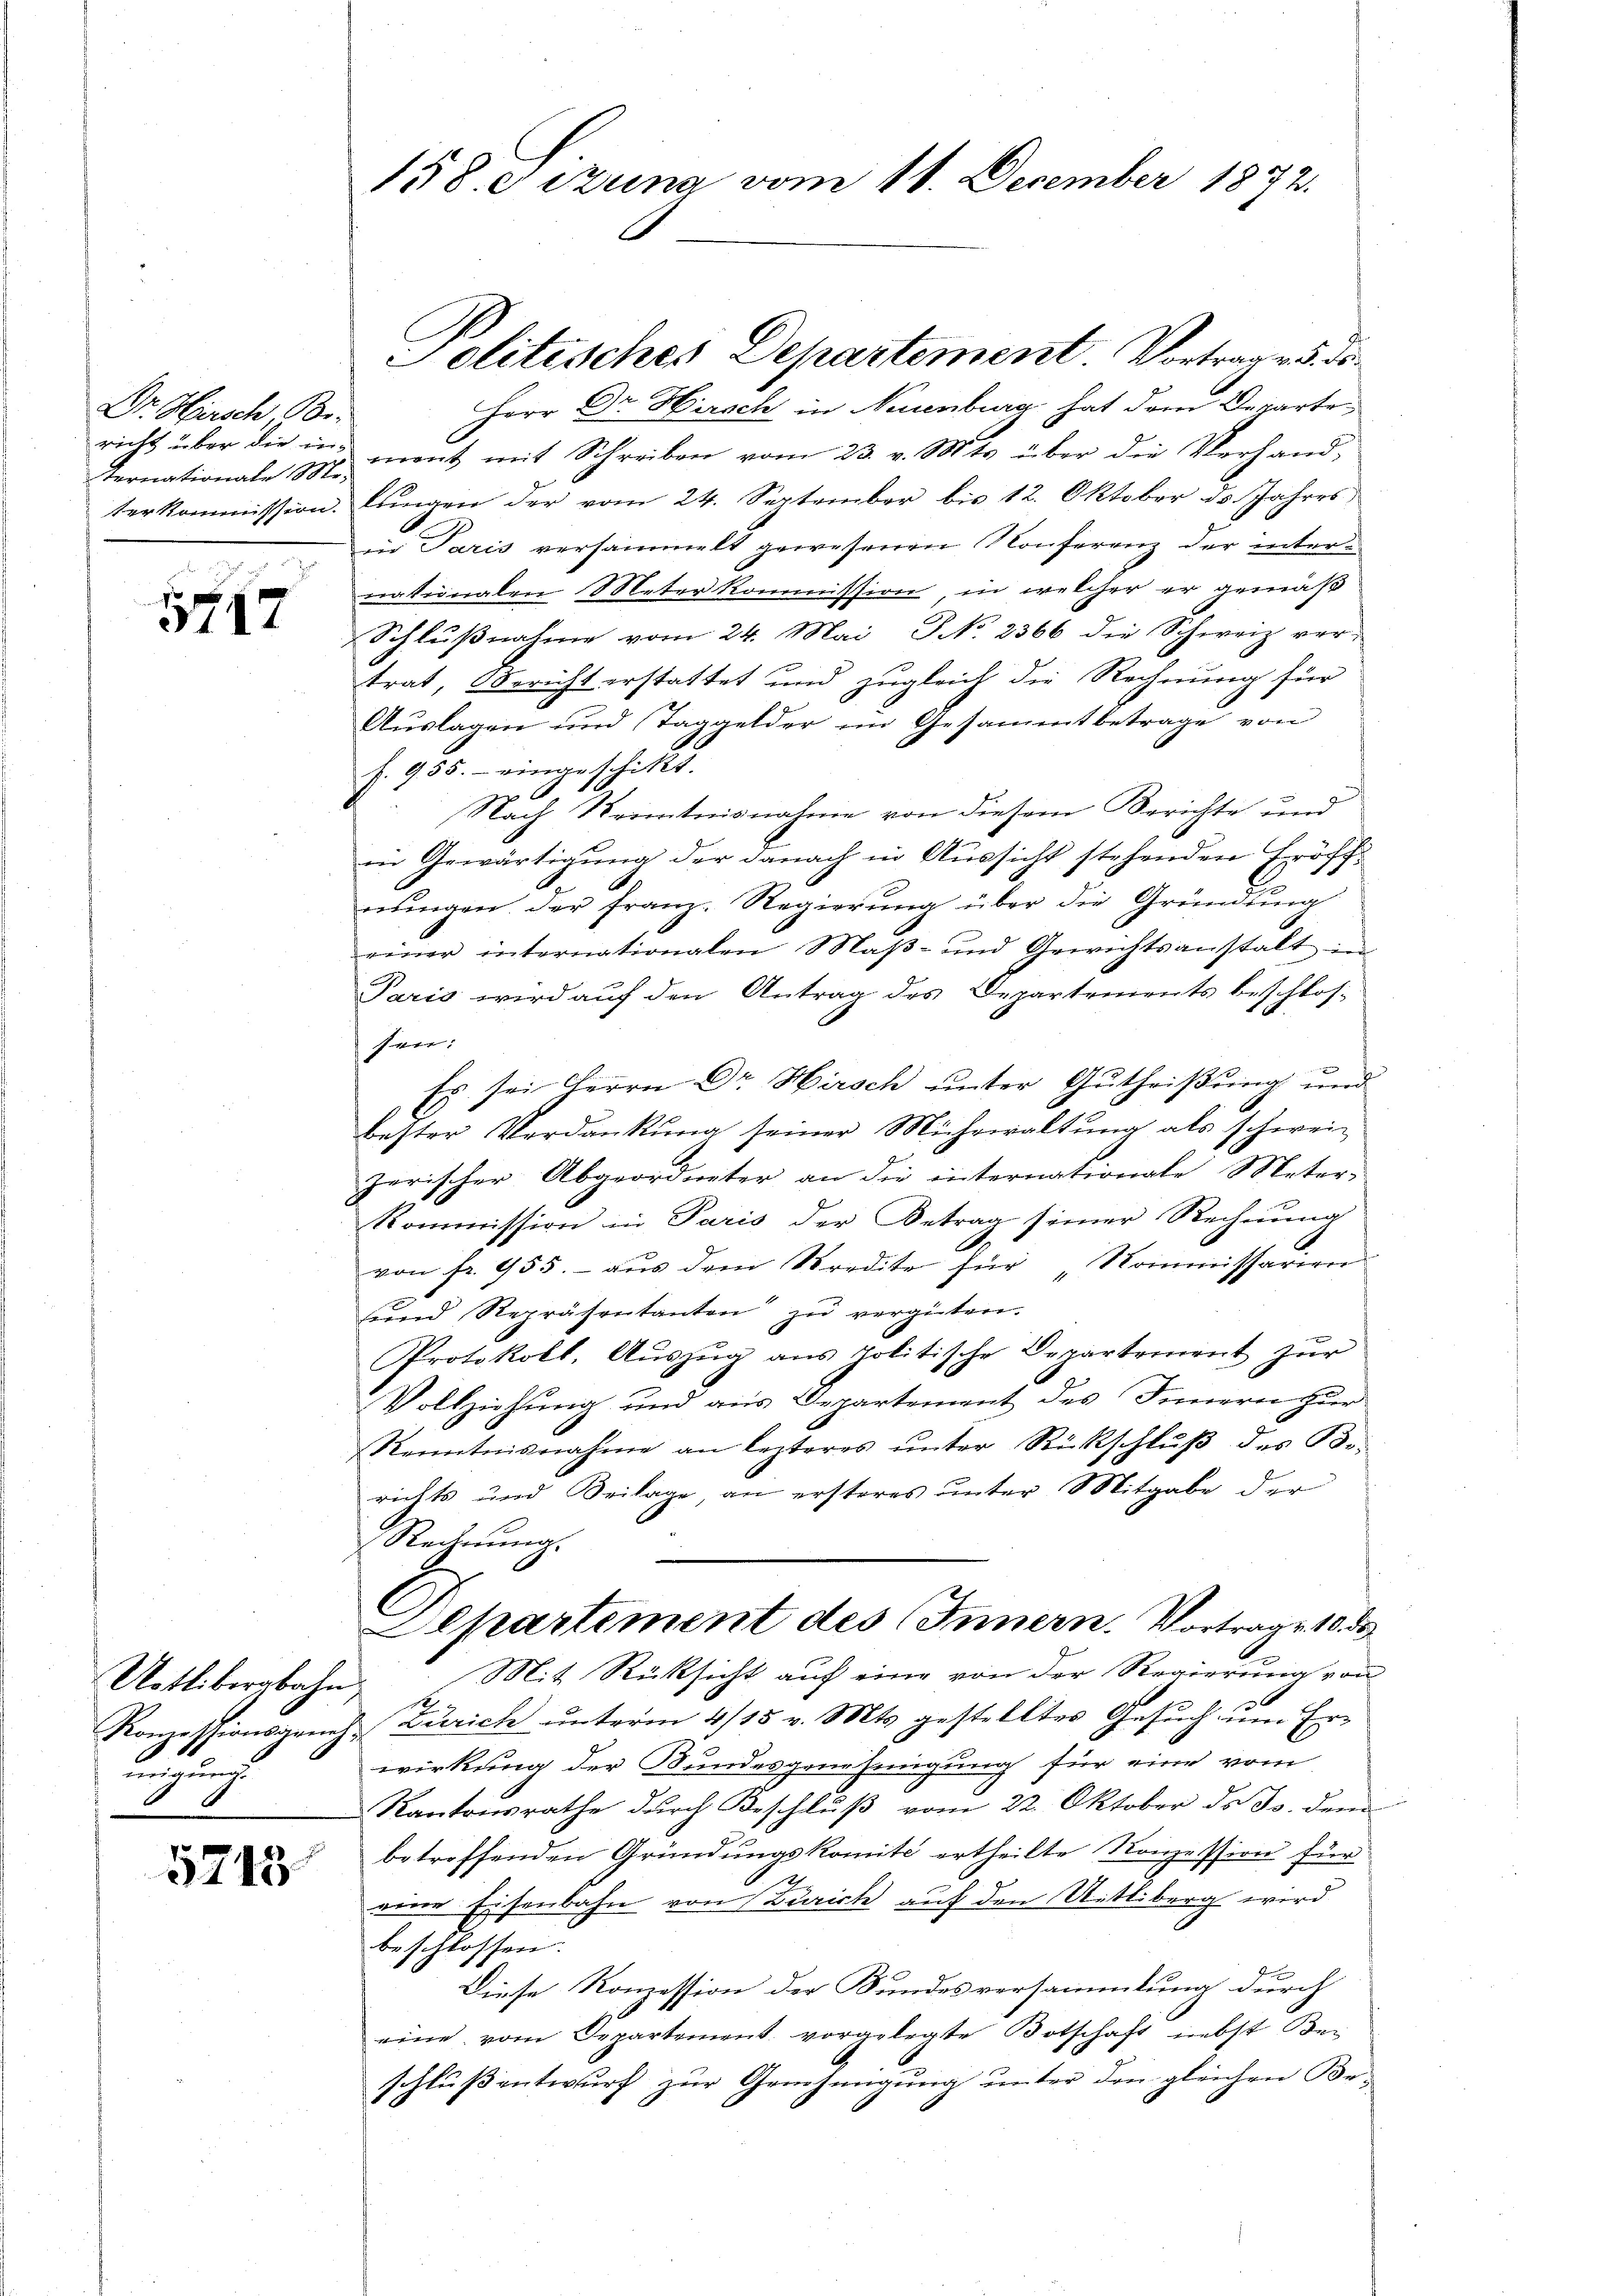
Dr. Hirsch, Be-
ternationale Mo-

5717

Uetlibergbahn
mitzung.

5715

Herr Dr. Hirsch in Neuenburg hat dem Departe
richt über die in ment mit Schreiben vom 23. v. Mts. über die Verhand-
terkommission. Lungen der vom 24. September bis 12. Oktober ds. Jahres
in Paris versammelt gewesenen Konferenz der inters
nationalen Meter kommission, in welcher er gemäß
Schlŭβnahme vom 24. Mai NNo. 2366 die Schweiz ver-
trat, Bericht erstattet und zugleich die Rechnung für
Auslagen und Taggelder im Gesammtbetrage von
f. 955. eingeschickt.
.
Nach Kenntnisnahme von diesem Berichte und
in Gewärtigung der danach in Aussicht stehenden Eröffnŭngen. Der Franz. Regierung über die Gründung
einer internationalen Maβ- und Gewichtsanstalt in
Paris wird auf den Antrag des Departements beschlossen:
Es sei Herrn Dr. Hirsch unter Gutheißung und
bester Verdankŭng seiner Mühewaltŭng als schwei-
zerischer Abgeordneter an die internationale Meter-
Kommission in Paris der Betrag seiner Rechnung
x
von fr. 955. - aus dem Stredite für Kommissarien
und Repräsentanten zŭ vergüten.
Protokoll, Aŭszŭg ans politische Departement zŭr
Vollziehung und aus Departement des Innern zur
Kenntnisnahme an lezteres ŭnter Rückschlŭβ des Be-
richts und Beilage, an ersteres unter Mitgabe der
Rechnŭng.
Departement des Innern Vortragende
Mit Rücksicht auf eine von der Regierung von
1
Konzessionspruch Zürich ŭnterm 4/15 v. Mts. gestelltes Gesŭch ŭm Er-
wirkung der Bundesgenehmigung für eine vom
Kantonsrathe durch Beschluß vom 22. Oktober d. Js. dem
betroffenden Gründungskomité ertheilte Ronzession für
3
eine Eisenbahn von Zürich auf den Uetliberg wird
beschlossen:
Diese Konzession der Handesversammlung durch
eine vom Departement. vorgelegte Botschaft nebst Beschlŭβ entwŭrf zŭr Genehmigŭng ŭnter den gleichen Be-

158. eizung vom 11. December 1872.

Jolitisches Departement. Vortrage 5. di